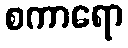
စကာရော